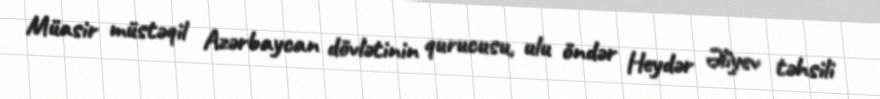
Müasir müstəqil Azərbaycan dövlətinin qurucusu, ulu öndər Heydər Əliyev təhsili